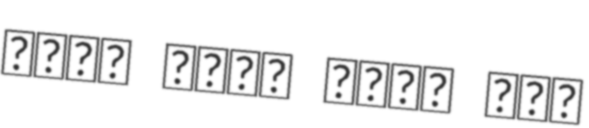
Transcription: ميار شريف أحمد عبد